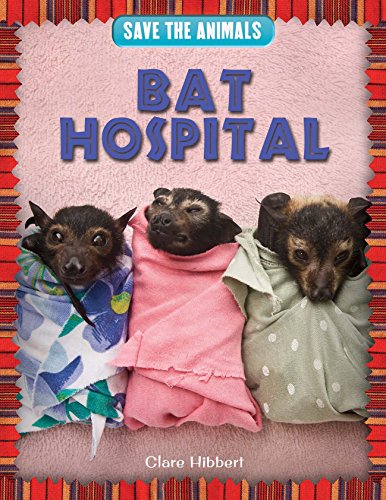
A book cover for Bat Hospital (Save the Animals); Clare Hibbert; Children's Books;